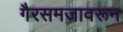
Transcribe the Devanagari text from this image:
गैरसमजावरून